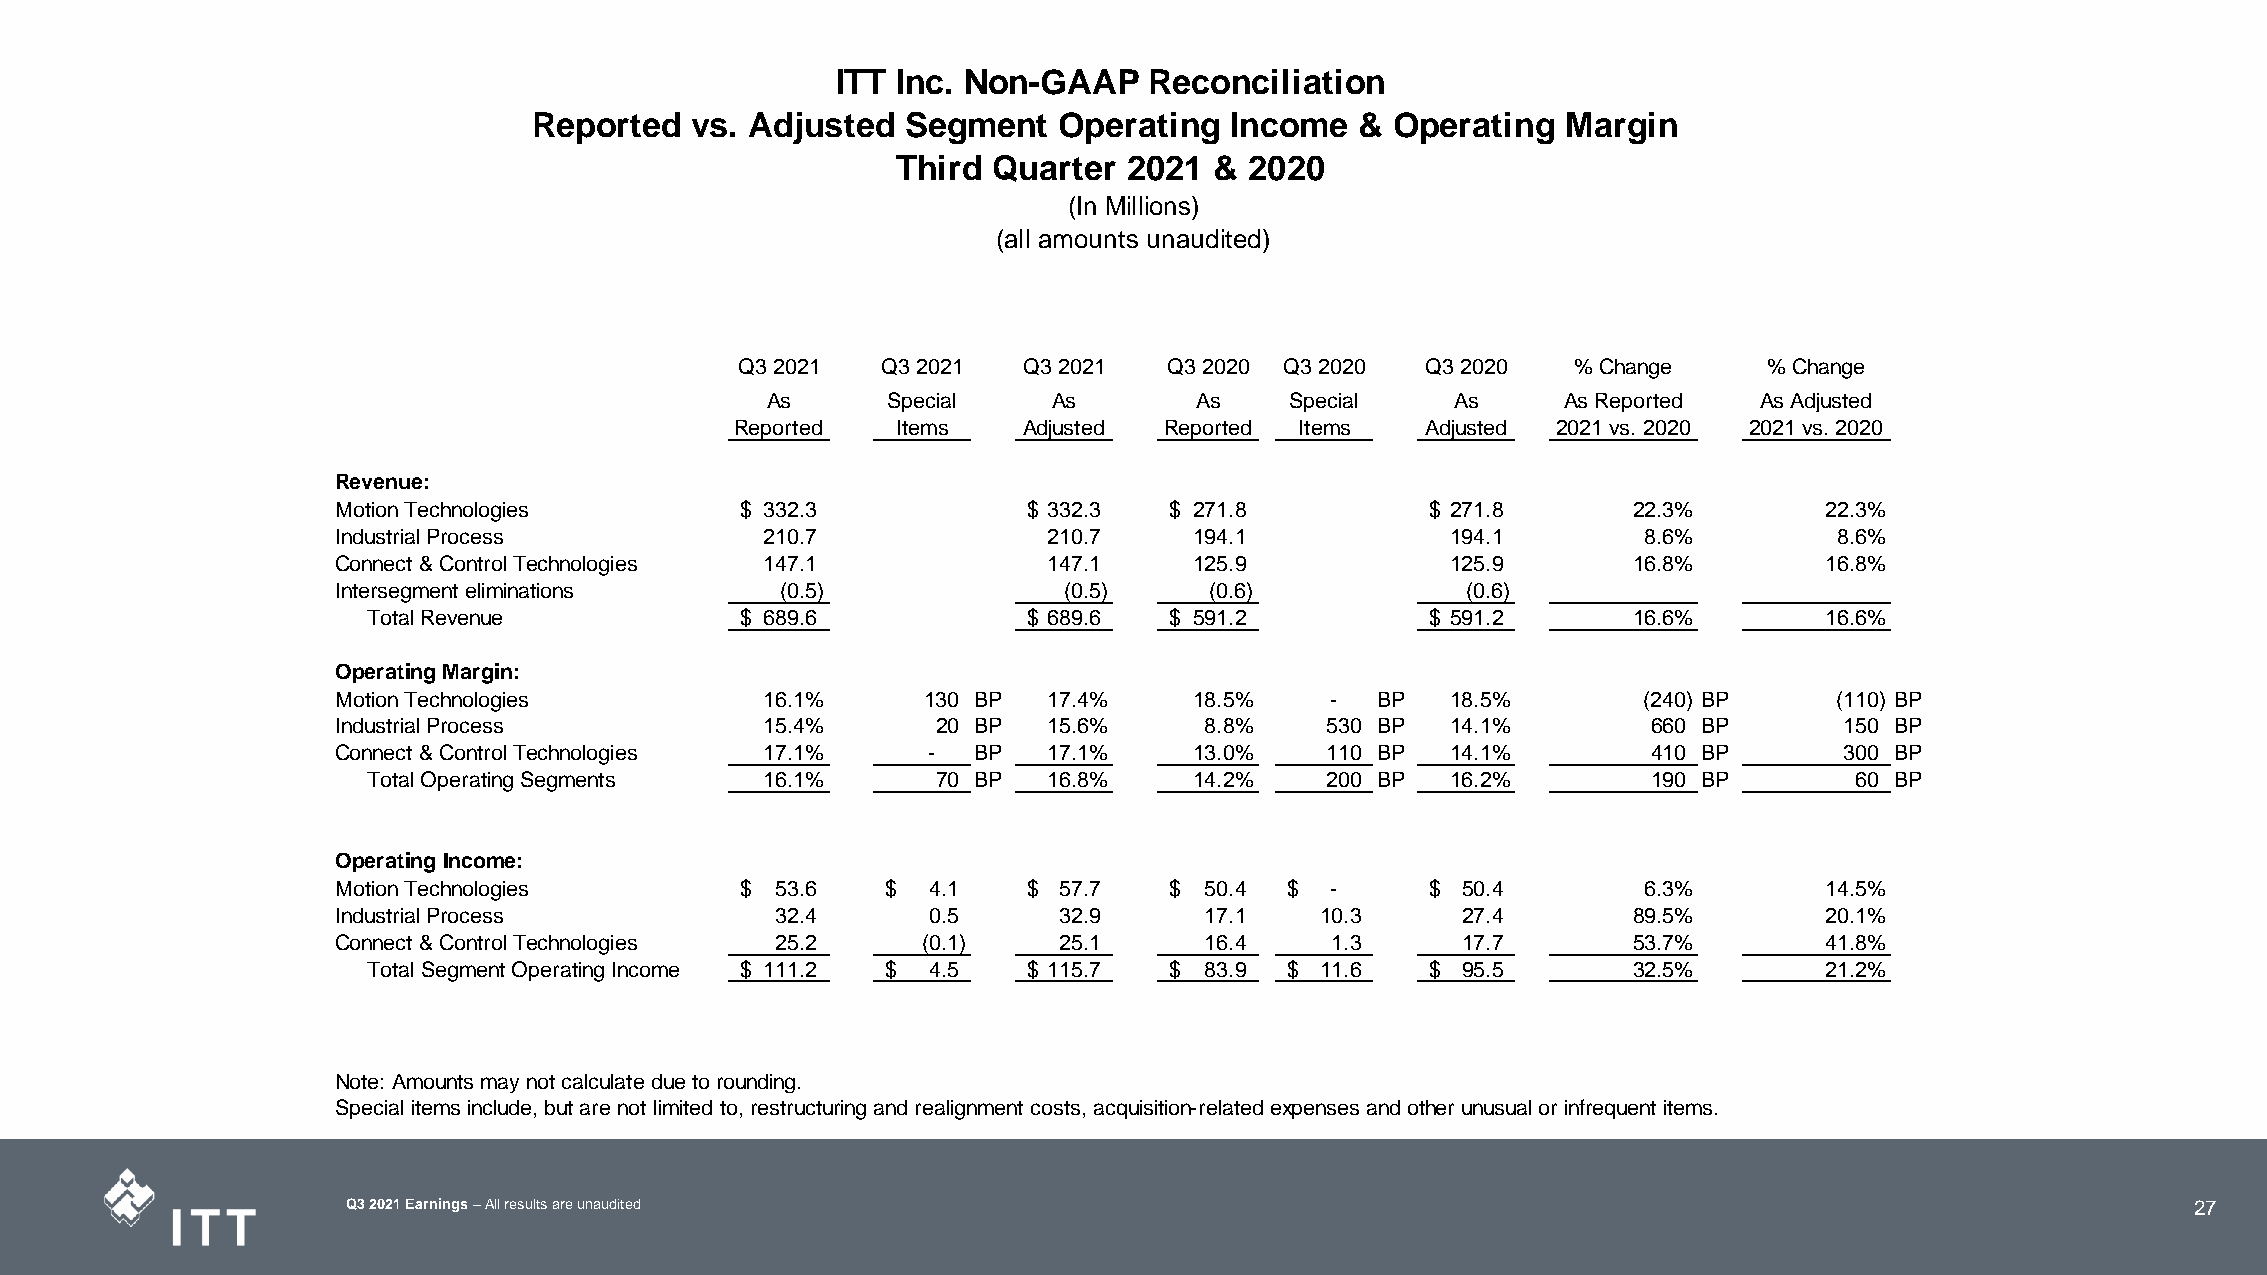
ITT Inc. Non-GAAP    Reconciliation
 Reported   vs. Adjusted  Segment   Operating  Income   & Operating   Margin
 Third  Quarter  2021 &  2020
 (In Millions)
 (all amounts unaudited)
 Q3 2021  Q3 2021   Q3 2021  Q3 2020 Q3 2020  Q3 2020   % Change     % Change
 As      Special    As       As    Special    As      As Reported As Adjusted
 Reported  Items    Adjusted Reported Items   Adjusted 2021 vs. 2020 2021 vs. 2020
 Revenue:
 Motion Technologies        $ 332.3            $ 332.3  $ 271.8           $ 271.8      22.3%        22.3%
 Industrial Process           210.7             210.7     194.1            194.1        8.6%         8.6%
 Connect & Control Technologies 147.1           147.1     125.9            125.9       16.8%        16.8%
 Intersegment eliminations     (0.5)             (0.5)     (0.6)            (0.6)
 Total Revenue            $ 689.6            $ 689.6  $ 591.2           $ 591.2      16.6%        16.6%
 Operating Margin:
 Motion Technologies          16.1%     1 30 BP 17.4%     18.5%    -  BP   18.5%        (240) BP     (110) BP
 Industrial Process           15.4%      20 BP  15.6%      8.8%    5 30 BP 14.1%        660 BP       150 BP
 Connect & Control Technologies 17.1%   -  BP   17.1%     13.0%    1 10 BP 14.1%        410 BP       300 BP
 Total Operating Segments   16.1%      70 BP  16.8%     14.2%    2 00 BP 16.2%        190 BP        60 BP
 Operating Income:
 Motion Technologies        $ 53.6    $  4 .1  $ 57.7   $  50.4 $  -      $ 50.4        6.3%        14.5%
 Industrial Process           32.4       0.5     32.9      17.1   1 0.3     27.4       89.5%        20.1%
 Connect & Control Technologies 25.2    (0.1)    25.1      16.4    1.3      17.7       53.7%        41.8%
 Total Segment Operating Income $ 111.2 $ 4 .5 $ 115.7 $ 83.9 $ 11.6    $ 95.5       32.5%        21.2%
 Note: Amounts may not calculate due to rounding.
 Special items include, but are not limited to, restructuring and realignment costs, acquisition-related expenses and other unusual or infrequent items.
 Q3 2021 Earnings –All results are unaudited                                                                               27
 27